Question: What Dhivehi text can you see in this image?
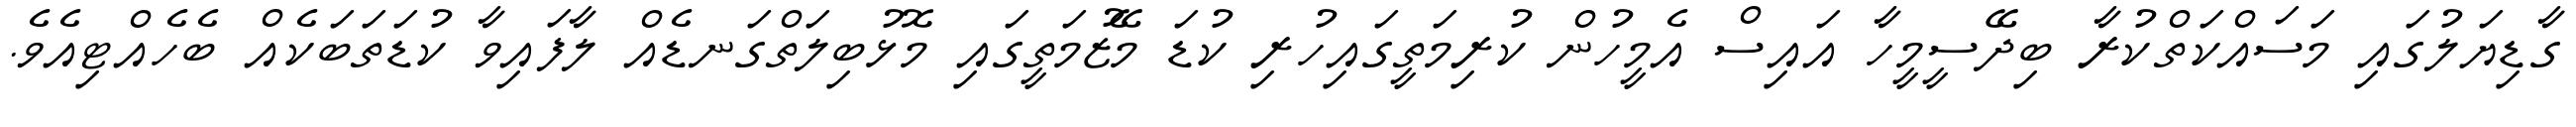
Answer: ގާޑިޔަލުގައި މަސައްކަތްކުރާ ބިދޭސީމީހާ އައިސް އެމީހުން ކުރިމަތީގައިހުރި ކުޑަ މޭޒުމަތީގައި މޮޅުބިލަތްގަނޑެއް ލާފައިވާ ކުޑަތަބަކެއް ބެހެއްޓިއެވެ.